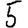
Digit: 5